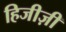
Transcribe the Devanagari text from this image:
हिजीज़ी